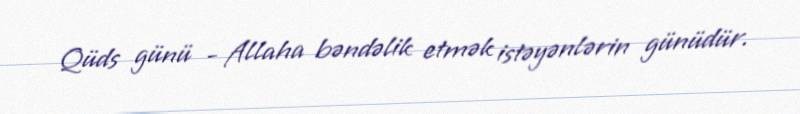
Qüds günü - Allaha bəndəlik etmək istəyənlərin günüdür.